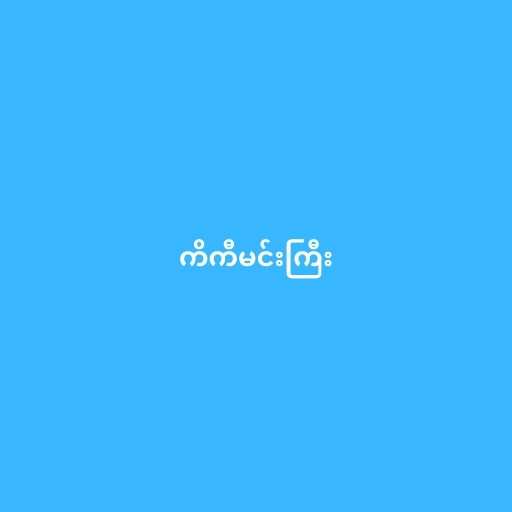
ကိကီမင်းကြီး